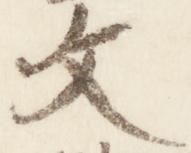
文